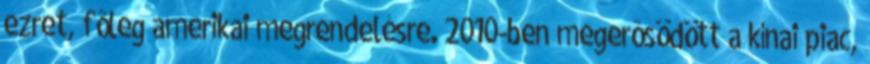
ezret, fôleg amerikai megrendelésre. 2010-ben megerôsödött a kínai piac,